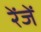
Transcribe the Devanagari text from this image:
रेंजें